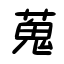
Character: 蒐